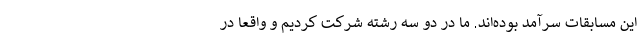
این مسابقات سرآمد بوده‌اند. ما در دو سه رشته شرکت کردیم و واقعاً در